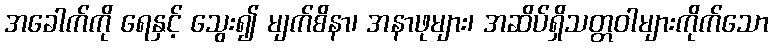
အခေါက်ကို ရေနှင့် သွေး၍ မျက်စိနာ၊ အနာဖုများ၊ အဆိပ်ရှိသတ္တဝါများကိုက်သော